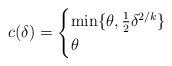
LaTeX: \begin{align*}c(\delta) = \begin{cases}\min\{\theta,\frac{1}{2}\delta^{2/k}\} & \\\theta &\end{cases}\end{align*}